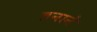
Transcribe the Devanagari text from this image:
तनाने